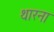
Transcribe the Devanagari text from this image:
थारना